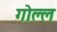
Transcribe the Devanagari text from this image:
गोल्ल